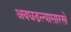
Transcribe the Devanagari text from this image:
अवघडल्यासारखे